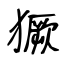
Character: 獗